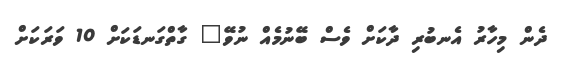
ދެން މިހާރު އެނބުރި ދާކަށް ވެސް ބޭނުމެއް ނުވޭ" ގާތްގަނޑަކަށް 10 ވަރަކަށް